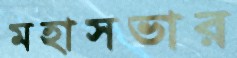
মহাসভার